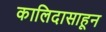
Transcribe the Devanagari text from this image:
कालिदासाहून